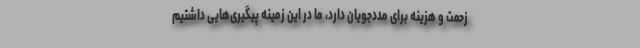
زحمت و هزینه برای مددجویان دارد، ما در این زمینه پیگیری‌هایی داشتیم